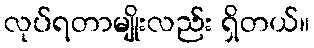
လုပ်ရတာမျိုးလည်း ရှိတယ်။